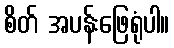
စိတ် အပန်းဖြေရုံပါ။